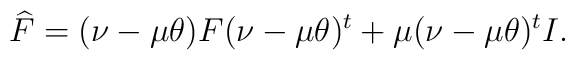
\widehat F= (\nu-\mu\theta)F(\nu-\mu\theta)^t + \mu(\nu-\mu\theta)^tI.